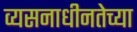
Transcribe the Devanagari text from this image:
व्यसनाधीनतेच्या